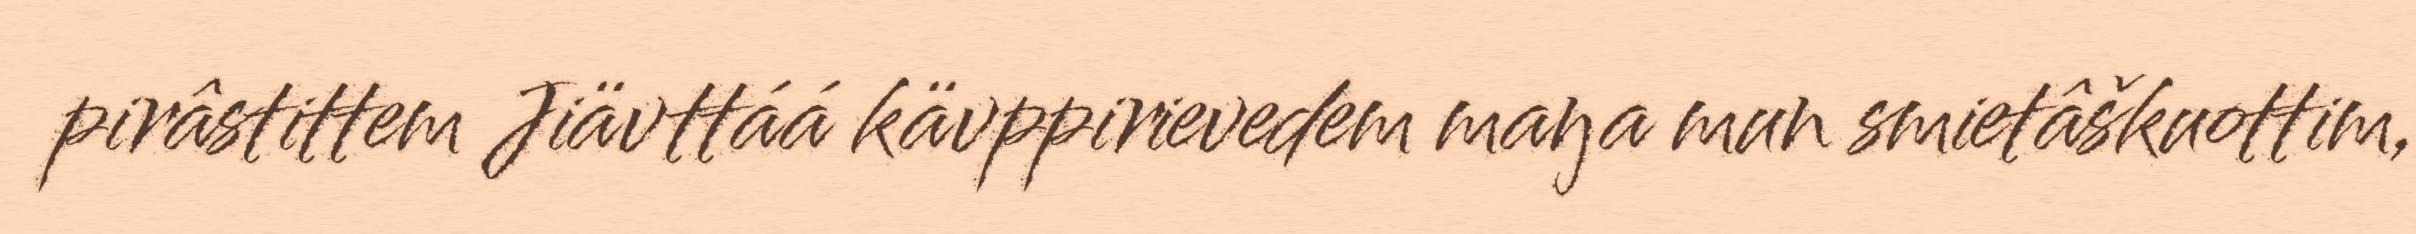
pirâstittem Jiävttáá kävppirievedem maŋa mun smietâškuottim,